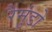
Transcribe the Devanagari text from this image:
रैमुंडो